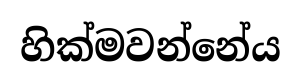
හික්මවන්නේය